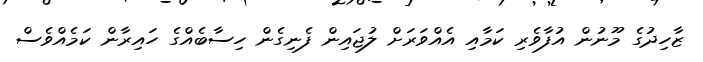
ޒާހިދުގެ މޫނުން އުފާވެރި ކަމާއި އެއްވަރަށް ލުޖައިން ފެނިގެން ހިސާބެއްގެ ހައިރާން ކަމެއްވެސް